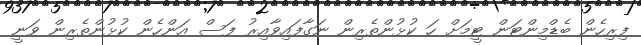
ފިރިހެން ބެޑްމިންޓަން ޓީމަށް ހަ ކުޅުންތެރިން ނަގާފައިވާއިރު ފަސް އަންހެން ކުޅުންތެރިން ވަނީ